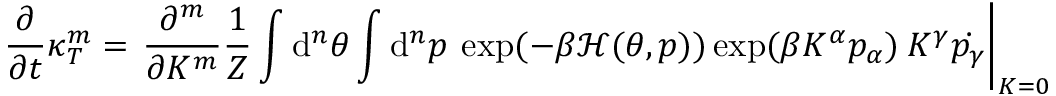
\frac { \partial } { \partial t } \kappa _ { T } ^ { m } = \left. \frac { \partial ^ { m } } { \partial K ^ { m } } \frac { 1 } { Z } \int \mathrm { d } ^ { n } \theta \int \mathrm { d } ^ { n } p \: \exp ( - \beta \mathcal { H } ( \theta , p ) ) \exp ( \beta K ^ { \alpha } p _ { \alpha } ) \: K ^ { \gamma } \dot { p _ { \gamma } } \right| _ { K = 0 }